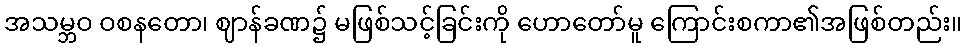
အသမ္ဘဝ ဝစနတော၊ ဈာန်ခဏ၌ မဖြစ်သင့်ခြင်းကို ဟောတော်မူ ကြောင်းစကာ၏အဖြစ်တည်း။